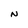
Character: N